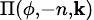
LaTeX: \scriptstyle{\Pi(\phi,-n,\mathbf{k})}